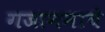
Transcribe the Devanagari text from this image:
गजाननाचे